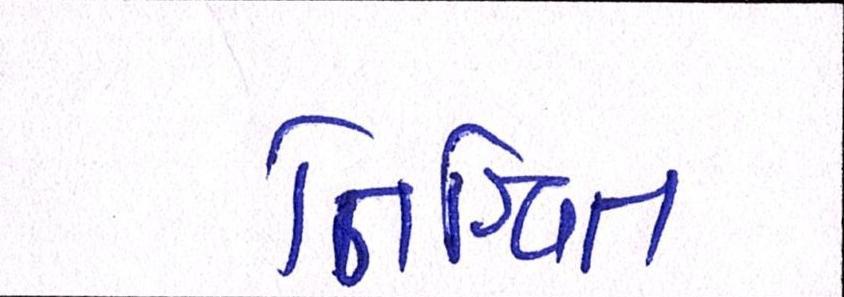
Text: નિશ્ચિત